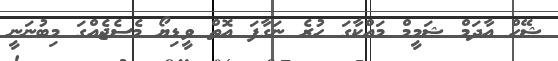
ޝޭހް އާދަމް ޝަމީމް މައްކާގަ ހުރެ ނަގާފަ އޮތް ވީޑިޔޯ މެސެޖެއްގަ މިބުނަނީ